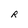
Character: R